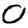
Digit: 0